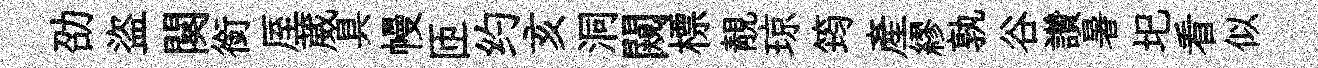
劭盜闋銜厔葳具幔匝约亥洞闚標靚琼筠産繆孰谷讚暑圯看似